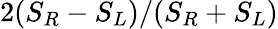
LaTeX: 2(S_{R}-S_{L})/(S_{R}+S_{L})